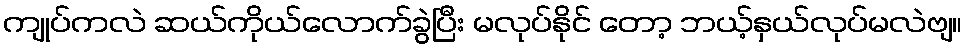
ကျုပ်ကလဲ ဆယ်ကိုယ်လောက်ခွဲပြီး မလုပ်နိုင် တော့ ဘယ့်နှယ်လုပ်မလဲဗျ။